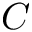
C